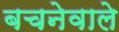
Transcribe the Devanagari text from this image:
बचनेवाले